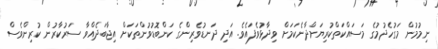
ނިމުމުން މަގުހެދުމުގެ މަސައްކަތްކުރިޔަށްދާނެކަމަށް ވިދާޅުވެފައެވެ. އަދި ދަނޑުވެރިންގެ ކަންބޮޑުވުންތަކަށް އިޖާބަދެއްވާ ސަރުކާރުން ކުރިންވެސް